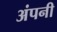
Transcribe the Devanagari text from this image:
अंपनी